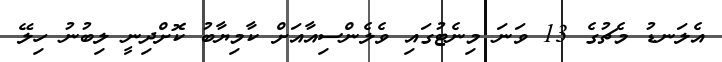
އެލަނޑު މެޗުގެ 13 ވަނަ މިނެޓުގައި ވެލެންސިއާއަށް ކާމިޔާބު ކޮށްދިނީ ލިބުނު ހިލޭ